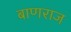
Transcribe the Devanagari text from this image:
बाणराज